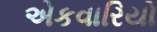
એકવારિયો